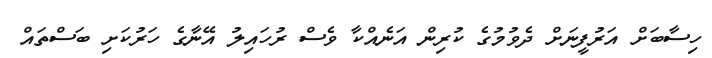
ހިސާބަށް އަރުފީނަށް ދެވުމުގެ ކުރިން އަނެއްކާ ވެސް ރުހައިލު އޭނާގެ ހަރުކަށި ބަސްތައް